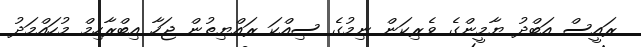
ރައީސް އަބްދު ޔާމީންގެ ވެރިކަން ނިމުގެ ސިއްކަ ރައްޔިތުން ޖަހާ އިބްރާހިމް މުހައްމަދު